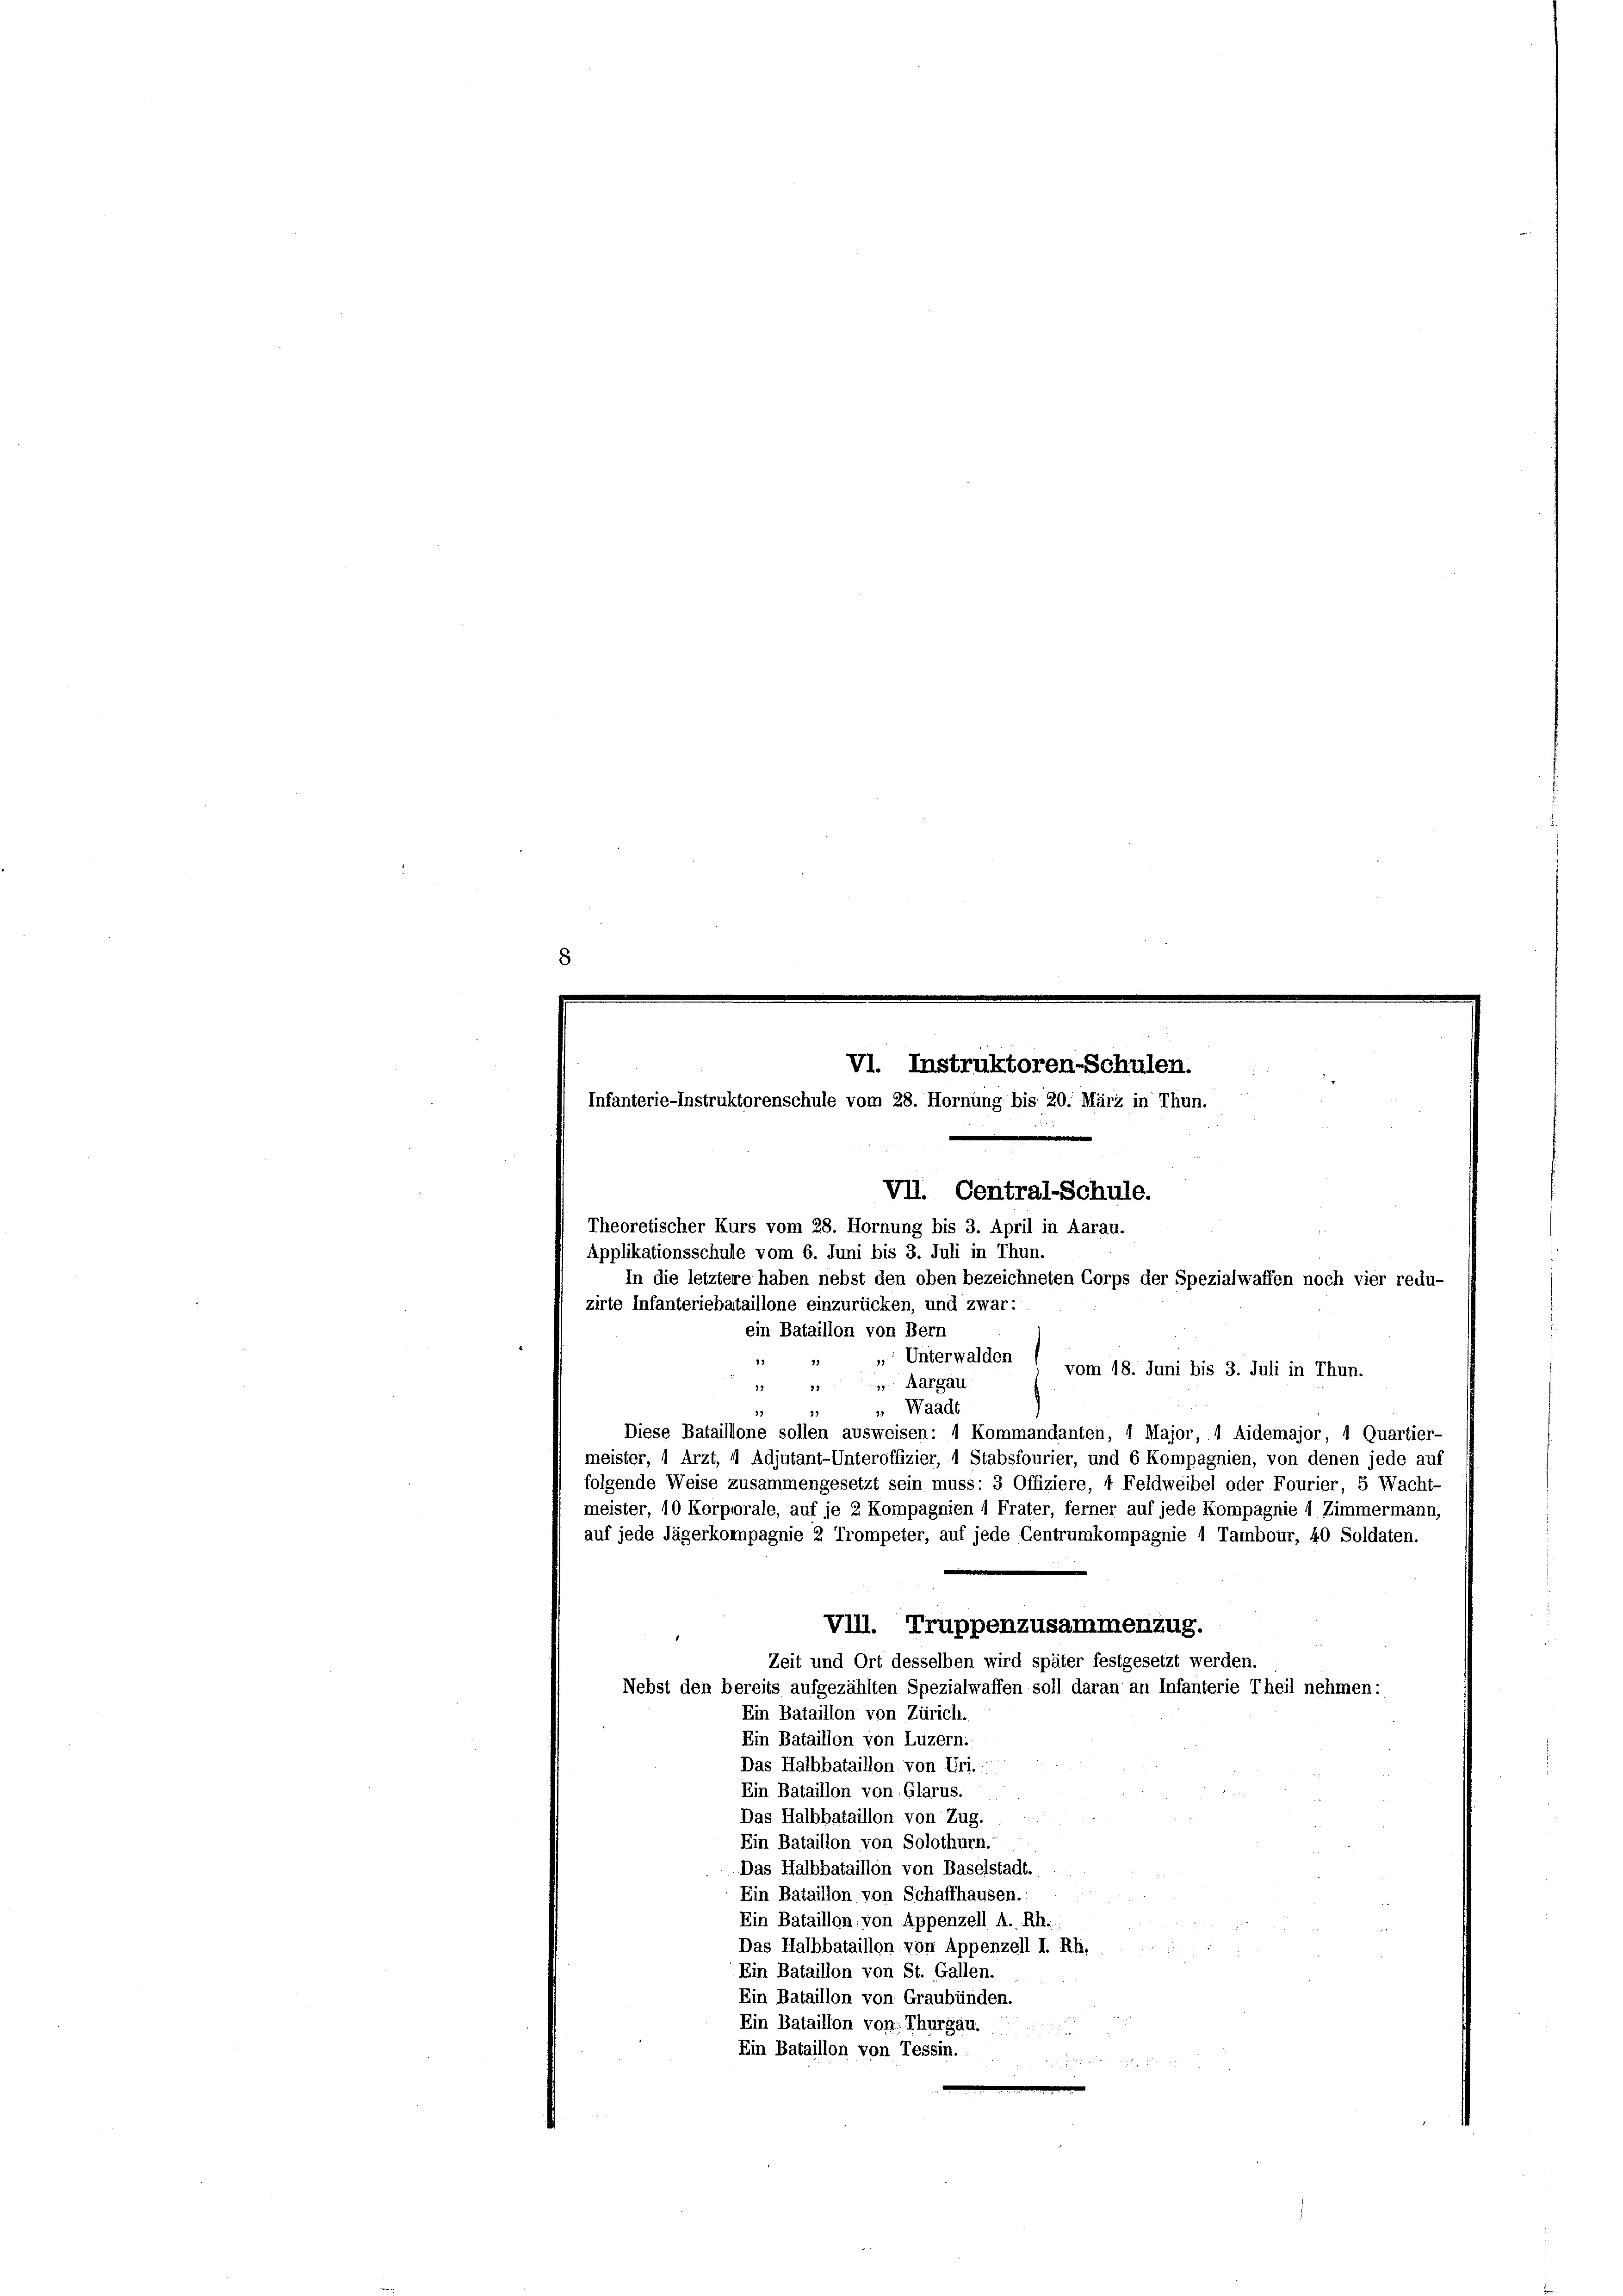
VI. Instruktoren-Schulen.
Infanterie-Instruktorenschule vom 28. Hornung bis 20. März in Thun.
Theoretischer Kurs vom 28. Hornung bis 3. April in Aarau.
Applikationsschule vom 6. Juni bis 3. Juli in Thun.
In die letztere haben nebst den oben bezeichneten Corps der Spezialwaffen noch vier redu-
zirte Infanteriebataillone einzurücken, und zwar:
ein Bataillon von Bern

13
29

Unterwalden

vom 18. Juni bis 3. Juli in Thun.
 Aargau
" Waadt
21
19
Diese Bataillone sollen ausweisen: 1 Kommandanten, 1 Major, 1 Aidemajor, 1 Quartier-
meister, 1 Arzt, 11 Adjutant-Unteroffizier, 1 Stabsfourier, und 6 Kompagnien, von denen jede auf
folgende Weise zusammengesetzt sein muss: 3 Offiziere, 1 Feldweibel oder Fourier, 5 Wacht-
meister, 10 Korporale, auf je 2 Kompagnien 1 Frater, ferner auf jede Kompagnie 1 Zimmermann,
auf jede Jägerkompagnie 2 Trompeter, auf jede Centrumkompagnie 1 Tambour, 40 Soldaten.
VIII. Truppenzusammenzug.
Zeit und Ort desselben wird später festgesetzt werden.
Nebst den bereits aufgezählten Spezialwaffen soll daran an Infanterie Theil nehmen:
Ein Bataillon von Zürich.
Ein Bataillon von Luzern..
Das Halbbataillon von Uri.:
Ein Bataillon von Glarus.
Das Halbbataillon von Zug.
Ein Bataillon von Solothurn.
Das Halbbataillon von Baselstadt.
Ein Bataillon von Schaffhausen.
Ein Bataillon von Appenzell A.-Rh.
Das Halbbataillon von Appenzell I. Rh.
Ein Bataillon von St. Gallen.
e
Ein Bataillon von Graubünden.
Ein Bataillon von; Thurgau.
Ein Bataillon von Tessin.
 7 x

VII. Central-Schule.